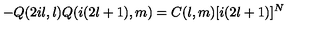
- Q ( 2 i l , l ) Q ( i ( 2 l + 1 ) , m ) = C ( l , m ) [ i ( 2 l + 1 ) ] ^ { N }